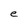
Character: e